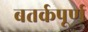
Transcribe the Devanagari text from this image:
बतर्कपूर्ण